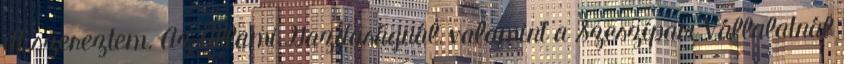
itt szereztem. Az Állami Gazdaságnál, valamint a Szeszipari Vállalatnál